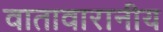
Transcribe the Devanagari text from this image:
वातावारानीय